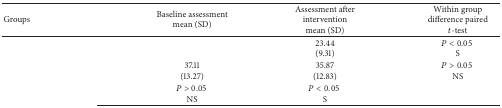
<table><thead><tr><td><b>Groups</b></td><td><b>Baseline assessment mean (SD)</b></td><td><b>Assessment after interventionmean (SD)</b></td><td><b>Within group difference paired <i>t</i>-test</b></td></tr></thead><tbody><tr><td>[EMPTY_CELL]</td><td>[EMPTY_CELL]</td><td>23.44(9.31)</td><td><i>P</i> &lt; 0.05S</td></tr><tr><td>[EMPTY_CELL]</td><td>37.11(13.27)</td><td>35.87(12.83)</td><td><i>P</i> &gt; 0.05 NS</td></tr><tr><td>[EMPTY_CELL]</td><td><i>P</i> &gt; 0.05NS</td><td><i>P</i> &lt; 0.05S</td><td>[EMPTY_CELL]</td></tr></tbody></table>